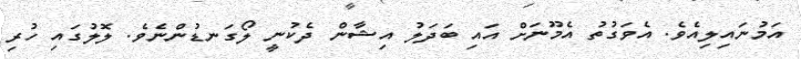
އަމުނައިލިއެވެ. އެވަގުތު އެމޫނަށް އައި ބަދަލު އިޝާން ދެކުނީ ލޯގަނޑުންނެވެ. ލޮލުގައި ހުރި